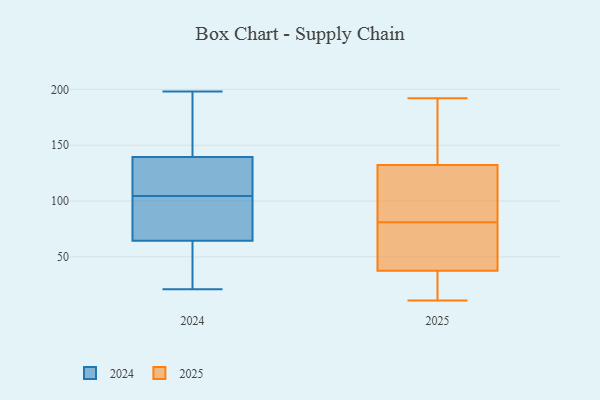
{"axis": {"x": "Churn Rate (%)", "y": "Value"}, "legend": ["2024", "2025"], "data": [{"x": "", "y": 111, "type": "2025"}, {"x": "", "y": 11, "type": "2025"}, {"x": "", "y": 55, "type": "2025"}, {"x": "", "y": 81, "type": "2025"}, {"x": "", "y": 39, "type": "2025"}, {"x": "", "y": 163, "type": "2025"}, {"x": "", "y": 169, "type": "2025"}, {"x": "", "y": 122, "type": "2025"}, {"x": "", "y": 84, "type": "2025"}, {"x": "", "y": 192, "type": "2025"}, {"x": "", "y": 163, "type": "2025"}, {"x": "", "y": 67, "type": "2025"}, {"x": "", "y": 19, "type": "2025"}, {"x": "", "y": 32, "type": "2025"}, {"x": "", "y": 106, "type": "2025"}, {"x": "", "y": 41, "type": "2025"}, {"x": "", "y": 33, "type": "2025"}, {"x": "", "y": 174, "type": "2024"}, {"x": "", "y": 69, "type": "2024"}, {"x": "", "y": 21, "type": "2024"}, {"x": "", "y": 76, "type": "2024"}, {"x": "", "y": 68, "type": "2024"}, {"x": "", "y": 133, "type": "2024"}, {"x": "", "y": 145, "type": "2024"}, {"x": "", "y": 198, "type": "2024"}, {"x": "", "y": 134, "type": "2024"}, {"x": "", "y": 61, "type": "2024"}, {"x": "", "y": 134, "type": "2024"}, {"x": "", "y": 30, "type": "2024"}]}